Indian journal of veterinary science and animal husbandry - Volume 6,
Year: 1936
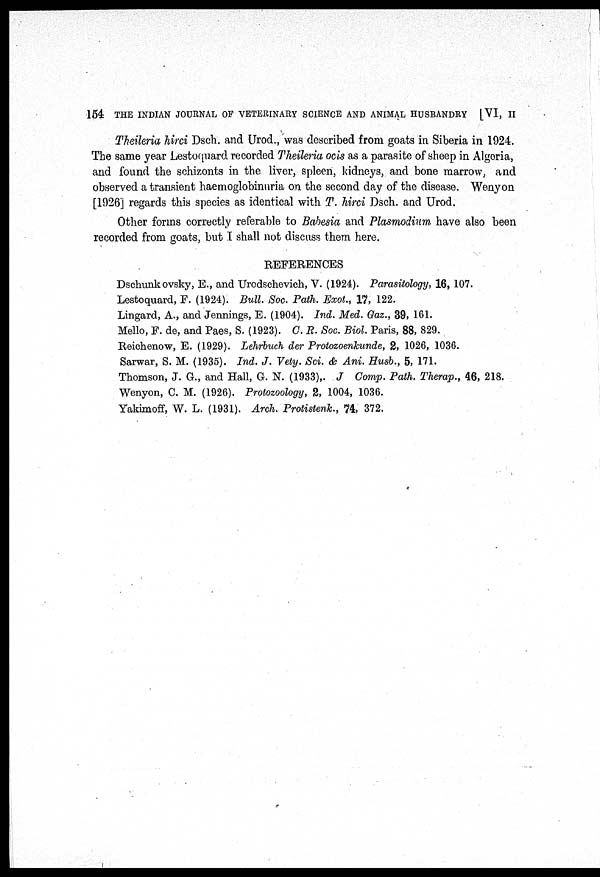
154 THE INDIAN JOURNAL OF VETERINARY SCIENCE AND ANIMAL HUSBANDRY [VI, II
Theileria hirci Dsch. and Urod., was described from goats in Siberia in 1924.
The same year Lestoquard recorded Theileria ocis as a parasite of sheep in Algoria,
and found the schizonts in the liver, spleen, kidneys, and bone marrow, and
observed a transient haemoglobinuria on the second day of the disease. Wenyon
[1926] regards this species as identical with T. hirci Dsch. and Urod.
Other forms correctly referable to Babesia and Plasmodium have also been
recorded from goats, but I shall not discuss them here.
REFERENCES
Dschunk ovsky, E., and Urodschevich, V. (1924). Parasitology, 16, 107.
Lestoquard, F. (1924). Bull. Soc. Path. Exot., 17, 122.
Lingard, A., and Jennings, E. (1904). Ind. Med. Gaz., 39, 161.
Mello, F. de, and Paes, S. (1923). C. R. Soc. Biol. Paris, 88, 829.
Reichenow, E. (1929). Lehrbuch der Protozoenkunde, 2, 1026, 1036.
Sarwar, S. M. (1935). Ind. J. Vety. Sci. & Ani. Husb., 5, 171.
Thomson, J. G., and Hall, G. N. (1933),. J Comp. Path. Therap., 46, 218.
Wenyon, C. M. (1926). Protozoology, 2, 1004, 1036.
Yakimoff, W. L. (1931). Arch. Protistenk., 74, 372.